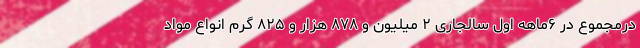
درمجموع در ۶ماهه اول سالجاری ۲ میلیون و ۸۷۸ هزار و ۸۲۵ گرم انواع مواد